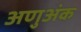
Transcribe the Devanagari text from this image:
अणुअंक